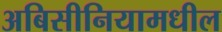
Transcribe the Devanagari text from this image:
अबिसीनियामधील